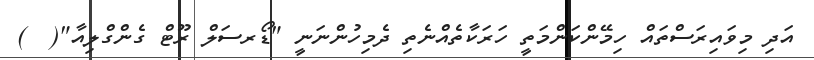
އަދި މިވައިރަސްތައް ހިމޭންކަންމަތީ ހަރަކާތެއްނެތި ދެމިހުންނަނީ "ޑޯރސަލް ރޫޓް ގެންގްލިއާ"(  )